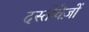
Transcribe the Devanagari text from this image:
दस्‍तोवेज़ों